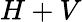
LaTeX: H+V